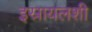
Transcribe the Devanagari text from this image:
इस्रायलशी